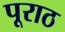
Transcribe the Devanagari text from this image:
पूराठ